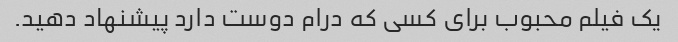
یک فیلم محبوب برای کسی که درام دوست دارد پیشنهاد دهید.